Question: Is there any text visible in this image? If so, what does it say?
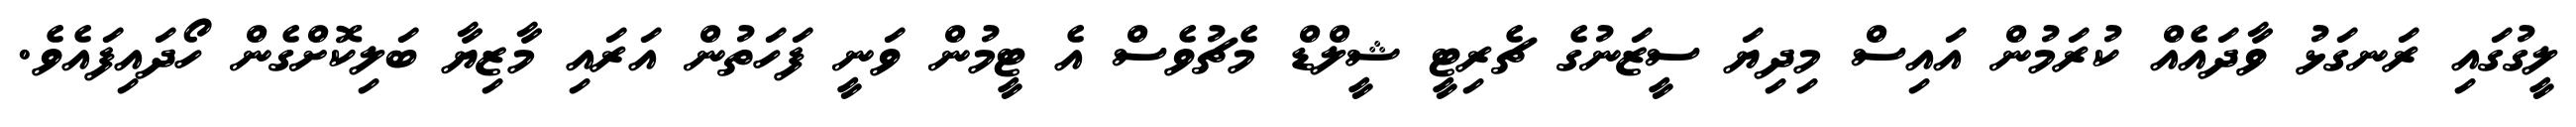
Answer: ލީގުގައި ރަނގަޅު ވާދައެއް ކުރަމުން އައިސް މިދިޔަ ސީޒަނުގެ ޗެރިޓީ ޝީލްޑް މެޗުވެސް އެ ޓީމުން ވަނީ ފަހަތުން އަރައި މާޒިޔާ ބަލިކޮށްގެން ހޯދައިފައެވެ.